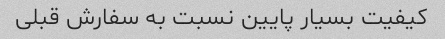
کیفیت بسیار پایین نسبت به سفارش قبلی